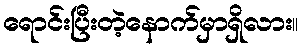
ရောင်းပြီးတဲ့နောက်မှာရှိလား။